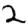
Digit: 2